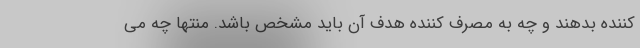
کننده بدهند و چه به مصرف کننده هدف آن باید مشخص باشد. منتها چه می